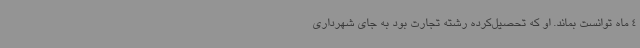
4 ‌ماه توانست بماند. او که تحصیل‌کرده رشته تجارت بود به جای شهرداری